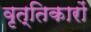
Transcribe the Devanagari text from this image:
वृत्तिकारों